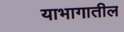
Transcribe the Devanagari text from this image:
याभागातील